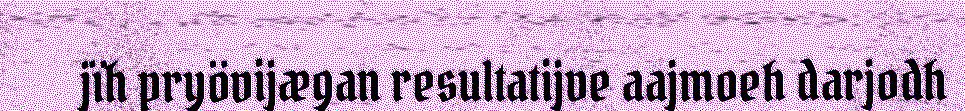
jïh pryövijægan resultatijve aajmoeh darjodh